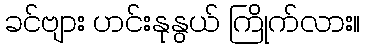
ခင်ဗျား ဟင်းနုနွယ် ကြိုက်လား။